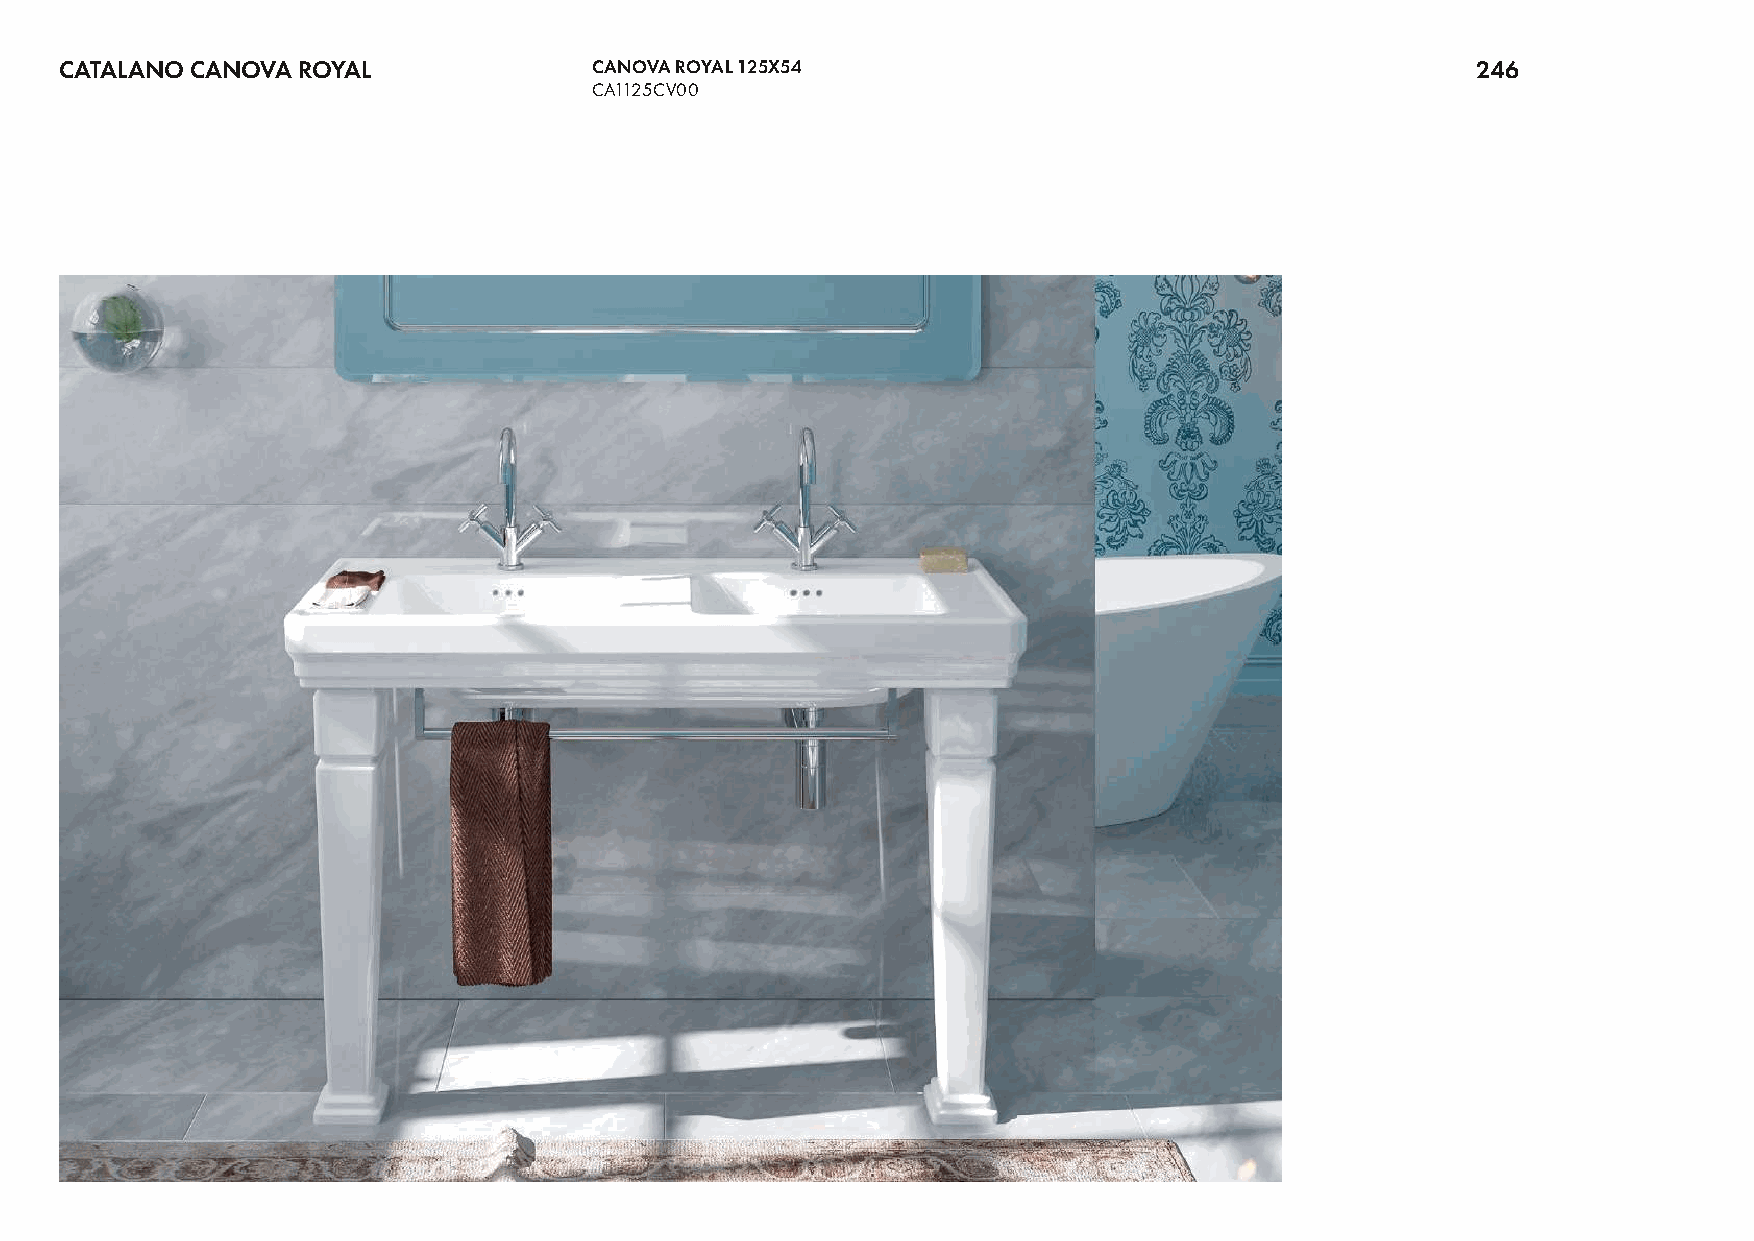
CATALANO CANOVA ROYAL              CANOVA ROYAL 125X54                                        246
 CA1125CV00